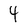
Character: 4